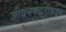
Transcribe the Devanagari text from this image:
जीवनपद्धतीकडून